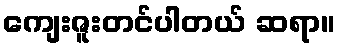
ကျေးဇူးတင်ပါတယ် ဆရာ။